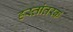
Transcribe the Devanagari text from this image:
हस्तांतरक